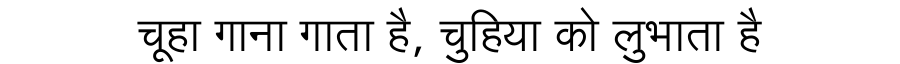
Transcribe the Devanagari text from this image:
चूहा गाना गाता है, चुहिया को लुभाता है